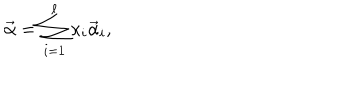
\vec { \alpha } = \sum _ { i = 1 } ^ { \ell } { \kappa } _ { i } \vec { \alpha } _ { i } ,